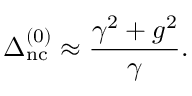
\Delta _ { \mathrm { n c } } ^ { ( 0 ) } \approx \frac { \gamma ^ { 2 } + g ^ { 2 } } { \gamma } .